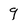
Character: 9